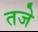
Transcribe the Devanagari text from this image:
तजे